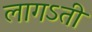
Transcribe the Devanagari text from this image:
लागऽती